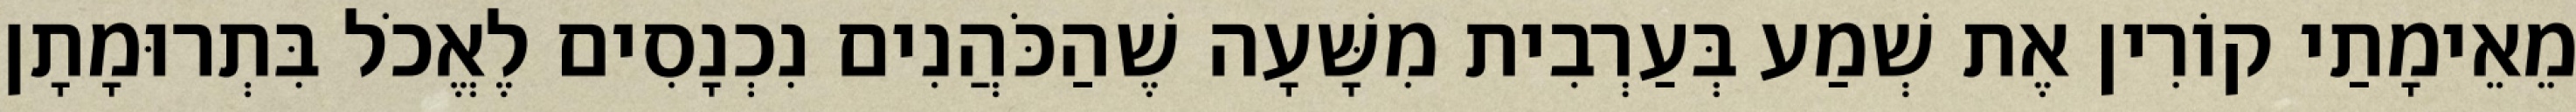
מֵאֵימָתַי קוֹרִין אֶת שְׁמַע בְּעַרְבִית מִשָּׁעָה שֶׁהַכֹּהֲנִים נִכְנָסִים לֶאֱכֹל בִּתְרוּמָתָן